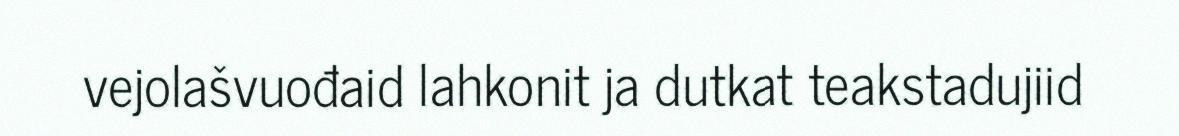
vejolašvuođaid lahkonit ja dutkat teakstadujiid